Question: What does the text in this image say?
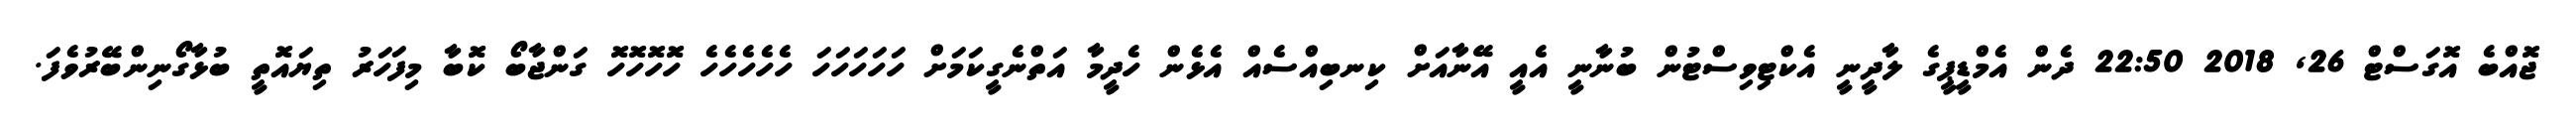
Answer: ޖޮއްބެ އޮގަސްޓް 26, 2018 22:50 ދެން އެމްޑީޕީގެ ލާދީނީ އެކްޓިވިސްޓުން ބުނާނީ އެއީ އޭނާއަށް ކިނބިއްސެއް އެޅެން ހެދީމާ އަތްނެގީކަމަށް ހަހަހަހަހަ ހެހެހެހެހެ ހޮހޮހޮހޮ ގަންޖާބޯ ކޮބާ މިފަހަރު ތިޔައޮތީ ބުޅާގޯނިންބޭރުވެފަ.